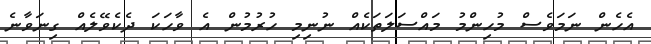
އެހެން ނަމަވެސް މުހިންމު މައްސަލަތަކެއް ނުނިމި ހުރުމުން އެ ވާހަކަ ދެކެވޭލެއް ގިނަވާނެ